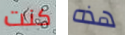
كنت هذه